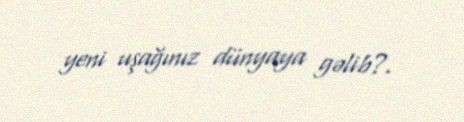
yeni uşağınız dünyaya gəlib?.